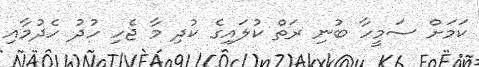
ކަމަށް ސަމީހާ ބުނި ރަތް ކުލައިގެ ކުދި މާ ޖެހި ހުދު ހެދުމާއި